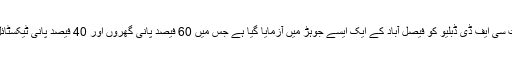
مکمل پیمانے یعنی فل اسکیل پر تیاربہت سی ایف ڈی ڈبلیو کو فیصل آباد کے ایک ایسے جوہڑ میں آزمایا گیا ہے جس میں 60 فیصد پانی گھروں اور 40 فیصد پانی ٹیکسٹائل، کیمیا اور چمڑے کی صنعتوں کا تھا۔